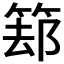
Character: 𱸁